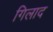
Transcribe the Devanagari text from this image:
गिलाद